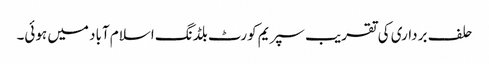
حلف برداری کی تقریب سپریم کورٹ بلڈنگ اسلام آباد میں ہوئی۔